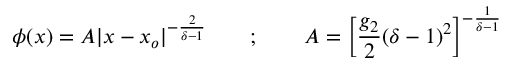
\phi ( x ) = A \vert x - x _ { o } \vert ^ { - \frac { 2 } { \delta - 1 } } ~ ~ ~ ~ ~ ~ ; ~ ~ ~ ~ ~ ~ A = \left[ \frac { g _ { 2 } } { 2 } ( \delta - 1 ) ^ { 2 } \right] ^ { - \frac { 1 } { \delta - 1 } }